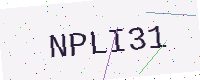
Text: NPLI31